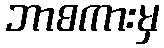
ဘာစကားမှ